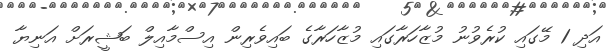
އަދި 1 މޭގައި ކުރެވުނު މުޒާހަރާގައި މުޒާހަރާގެ ބައިވެރިން އިސްމާއިލް ބަޝީރަށް އަނިޔާ